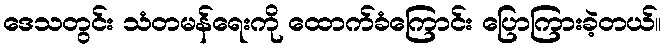
ဒေသတွင်း သံတမန်ရေးကို ထောက်ခံကြောင်း ပြောကြားခဲ့တယ်။